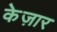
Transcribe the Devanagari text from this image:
केज़ार